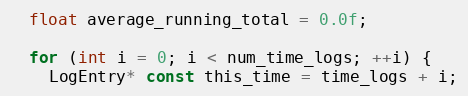
Language: C
  float average_running_total = 0.0f;

  for (int i = 0; i < num_time_logs; ++i) {
    LogEntry* const this_time = time_logs + i;